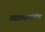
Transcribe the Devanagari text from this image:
व्याख्यानांनंतर